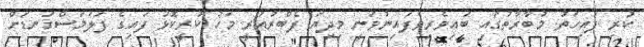
ކުރި ފައިހަތު މުބާރާތުގައި ބައިވެރިވެފައިނުުވަނީ މިދިޔަ ފެބްރުއަރީ މަހު ކުރީކޮޅު ފައިގެ ފަލަމަސްގަނޑަށް